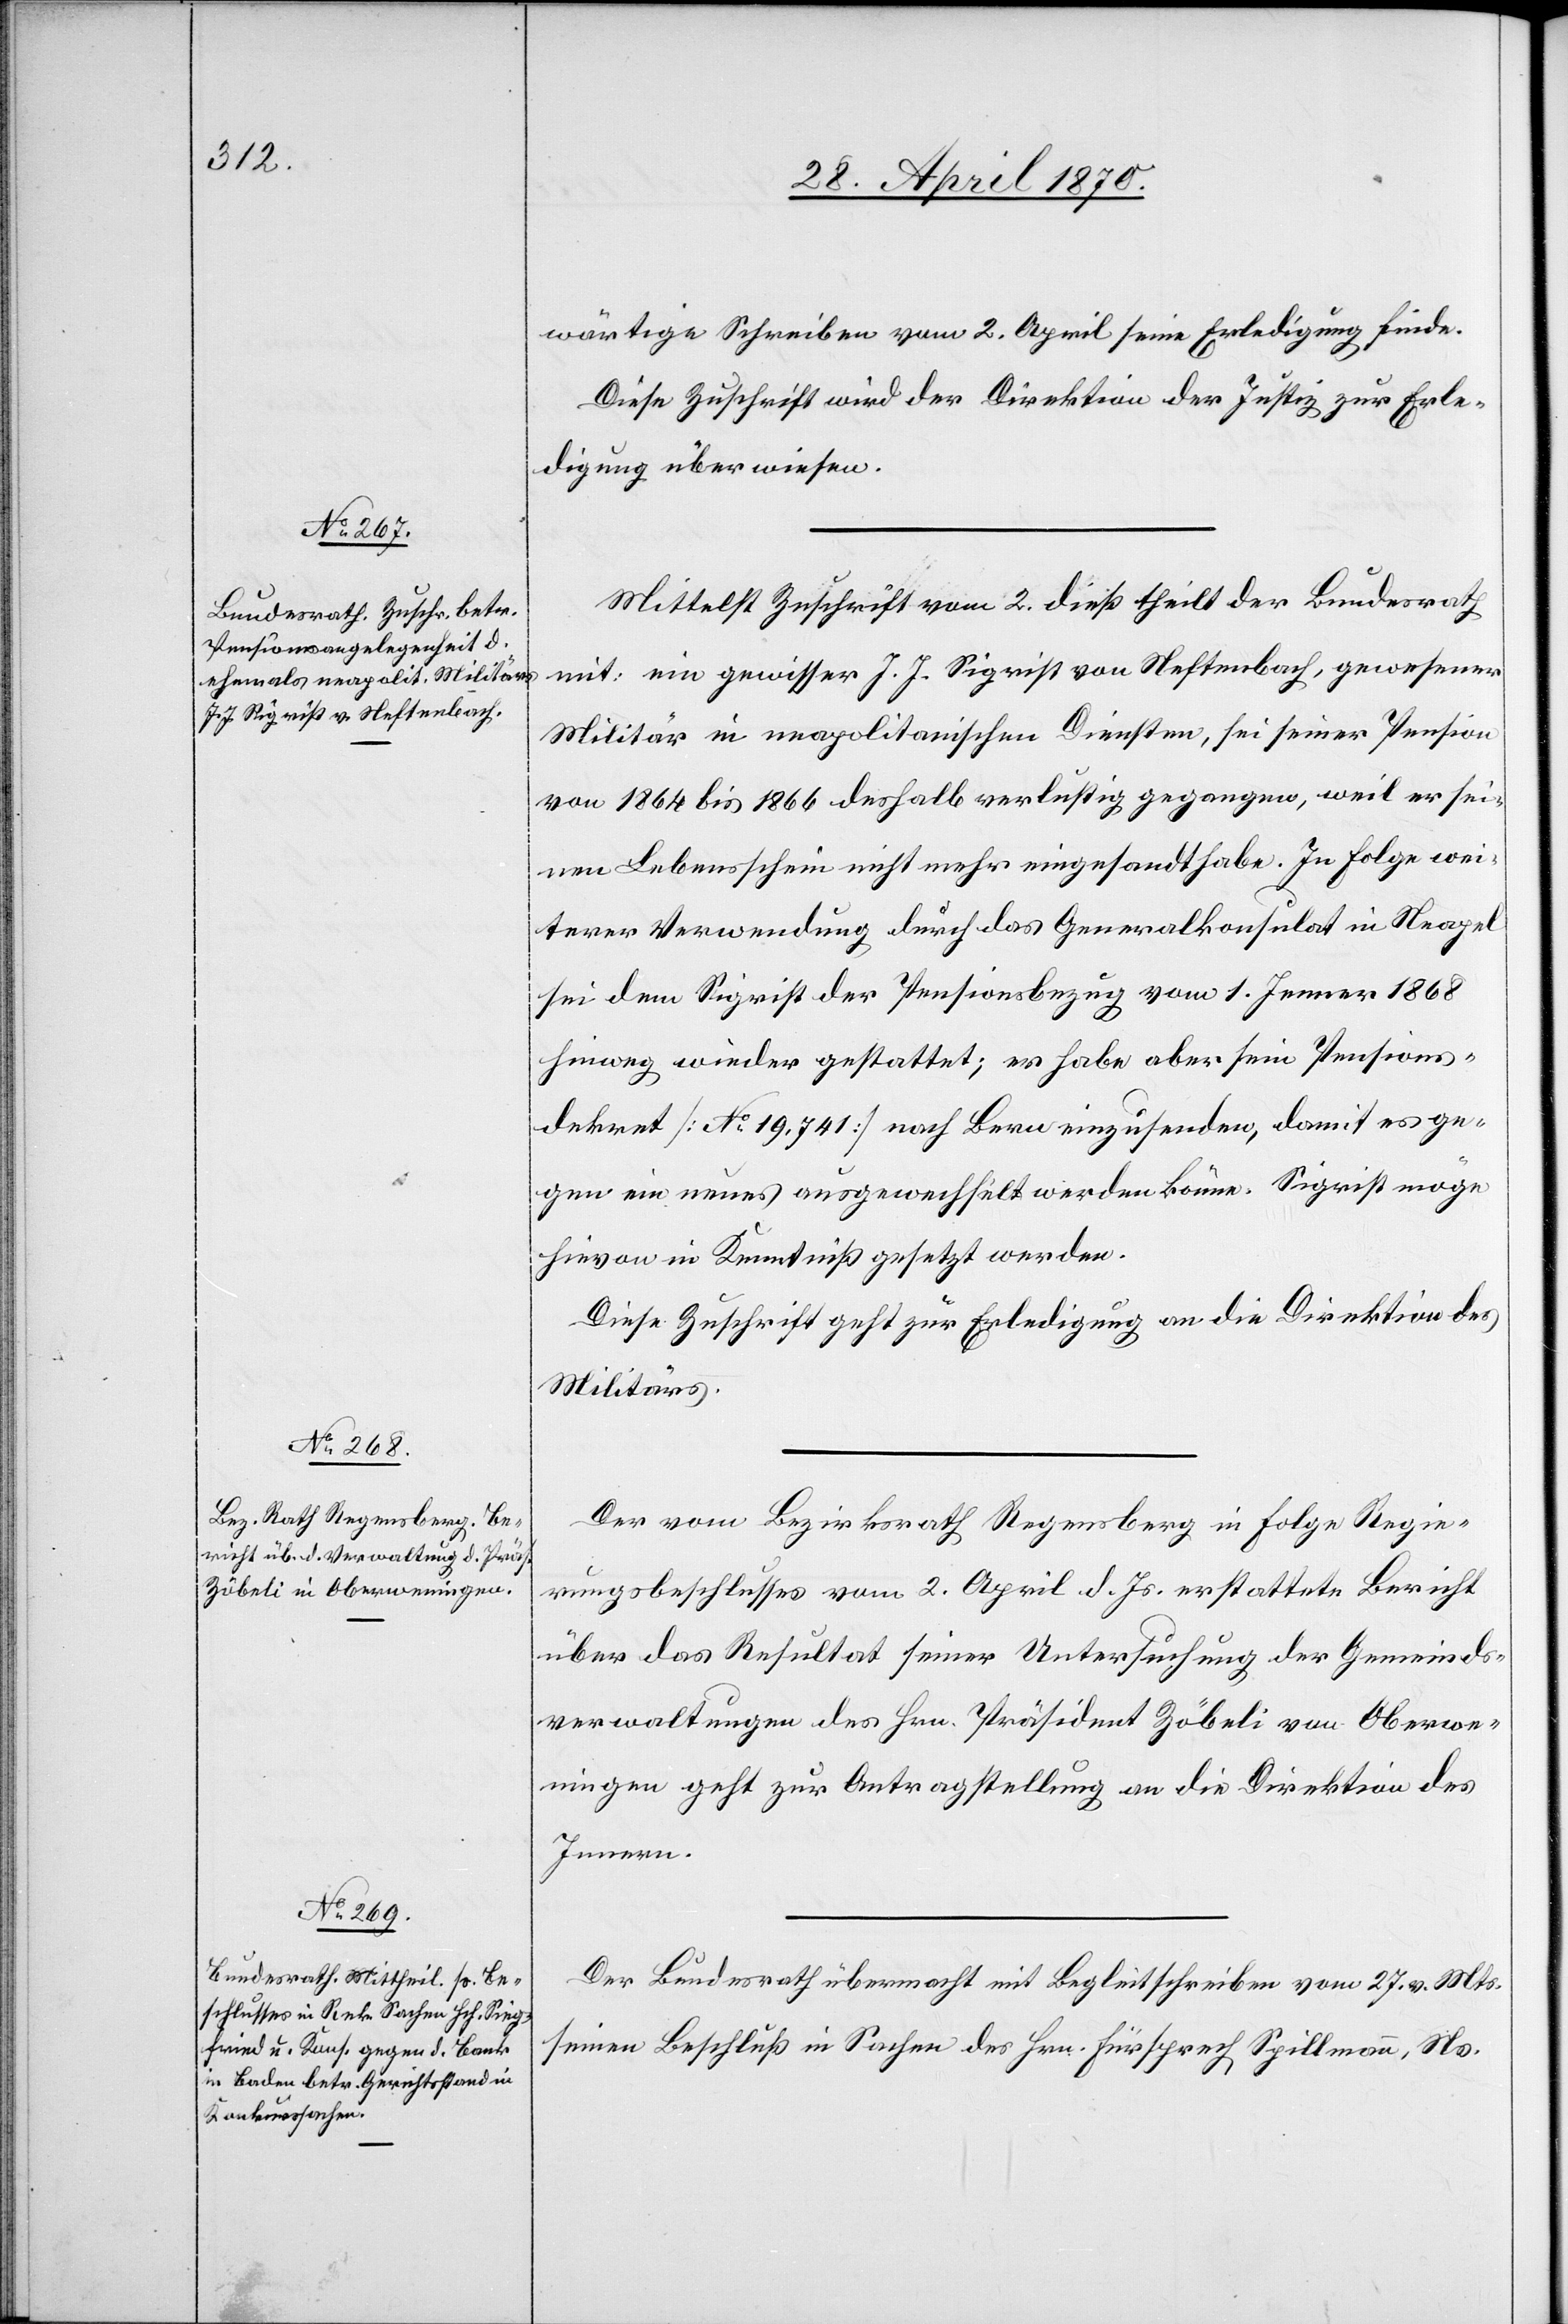
wärtige Schreiben vom 2. April seine Erledigung finde.
Diese Zuschrift wird der Direktion der Justiz zur Erle¬
digung überwiesen.
Mittelst Zuschrift vom 2. dieß theilt der Bundesrath
mit: ein gewisser J. J. Sigrist von Neftenbach, gewesener
Militär in neapolitanischen Diensten, sei seiner Pension
von 1864 bis 1866 deshalb verlustig gegangen, weil er sei¬
nen Lebensschein nicht mehr eingesandt habe. In Folge wei¬
terer Verwendung durch das Generalkonsulat in Neapel
sei dem Sigrist der Pensionsbezug vom 1. Jenner 1868
hinweg wieder gestattet; er habe aber sein Pensions¬
dekret [No 19,741] nach Bern einzusenden, damit es ge¬
gen ein neues ausgewechselt werden könne. Sigrist möge
hievon in Kenntniß gesetzt werden.
Diese Zuschrift geht zur Erledigung an die Direktion des
Militärs.
Der vom Bezirksrath Regensberg in Folge Regie¬
rungsbeschlusses vom 2. April l. Js. erstattete Bericht
über das Resultat seiner Untersuchung der Gemeinds¬
verwaltungen des Hrn. Präsident Zöbeli von Oberwe¬
ningen geht zur Antragstellung an die Direktion des
Innern.
Der Bundesrath übermacht mit Begleitschreiben vom 27. v. Mts.
seinen Beschluß in Sachen des Hrn. Fürsprech Spillmann, Ns.